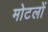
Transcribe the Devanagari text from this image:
मोटलों